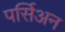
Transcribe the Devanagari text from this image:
पर्सिअन